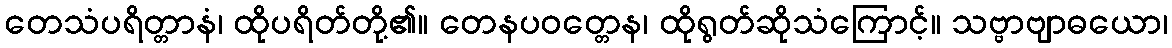
တေသံပရိတ္တာနံ၊ ထိုပရိတ်တို့၏။ တေနပဝတ္တေန၊ ထိုရွတ်ဆိုသံကြောင့်။ သဗ္ဗာဗျာဓယော၊